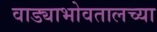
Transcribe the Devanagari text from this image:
वाड्याभोवतालच्या